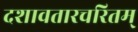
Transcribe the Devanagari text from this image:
दशावतारचरितम्